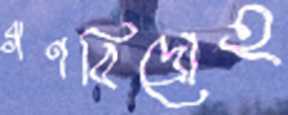
গণবিদ্রোহ